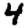
Digit: 4